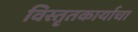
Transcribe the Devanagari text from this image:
विस्तृतकार्याचा